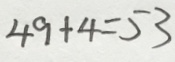
4 9 + 4 = 5 3